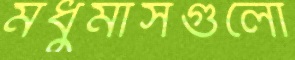
মধুমাসগুলো